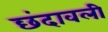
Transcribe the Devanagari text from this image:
छंदावली